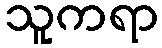
သူကရာ